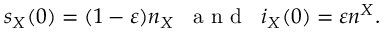
s _ { X } ( 0 ) = ( 1 - \varepsilon ) n _ { X } \; \; \mathrm { ~ a ~ n ~ d ~ } \; \; i _ { X } ( 0 ) = \varepsilon n ^ { X } .